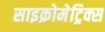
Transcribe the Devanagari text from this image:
साइक्रोमेट्रिक्स